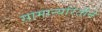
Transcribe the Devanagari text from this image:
सामान्यरितीने